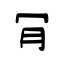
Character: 肎